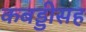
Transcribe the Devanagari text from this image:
कबड्डीसह